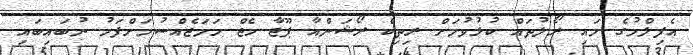
އެފިލްމުގެ މައި ރޯލުތައް ކުޅުވުމަށް ރިތިކް ރޯޝަންއާ ޕޫޖާ ހެޖް ހަމަޖެއްސުމަށްފަހު ނުބައިބައި